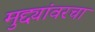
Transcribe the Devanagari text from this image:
मुद्द्यांवरचा